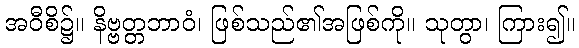
အဝီစိ၌။ နိဗ္ဗတ္တဘာဝံ၊ ဖြစ်သည်၏အဖြစ်ကို။ သုတွာ၊ ကြား၍။